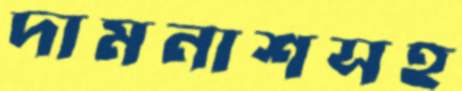
দামনাশসহ